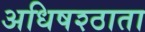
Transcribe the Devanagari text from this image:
अधिषश्ठाता